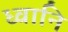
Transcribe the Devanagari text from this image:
ध्वानि